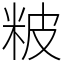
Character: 𥹖